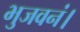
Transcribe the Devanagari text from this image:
भुजवनं।